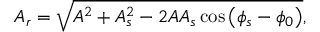
A _ { r } = \sqrt { A ^ { 2 } + A _ { s } ^ { 2 } - 2 A A _ { s } \cos \left( \phi _ { s } - \phi _ { 0 } \right) } ,